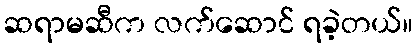
ဆရာမဆီက လက်ဆောင် ရခဲ့တယ်။